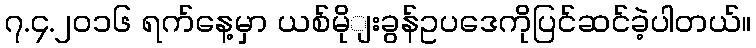
၇.၄.၂ဝ၁၆ ရက်နေ့မှာ ယစ်မိုျးခွန်ဥပဒေကိုပြင်ဆင်ခဲ့ပါတယ်။